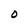
Character: O